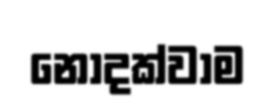
නොදක්වාම